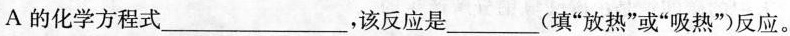
A的化学方程式___，该反应是___(填”放热”或”吸热”)反应。